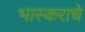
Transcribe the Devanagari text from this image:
भास्कराचे